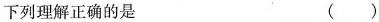
下列理解正确的是 （）